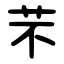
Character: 芣